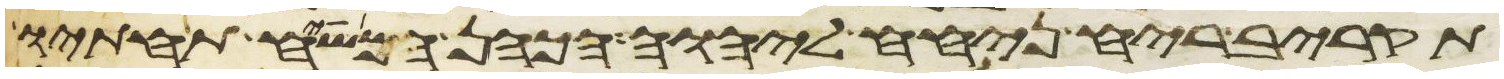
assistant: תקריב ריח ניחח ליהוה הכהן המשיח תחתיו